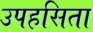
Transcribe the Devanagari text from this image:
उपहसिता